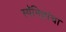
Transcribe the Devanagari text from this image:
स्पॅनिशांचा